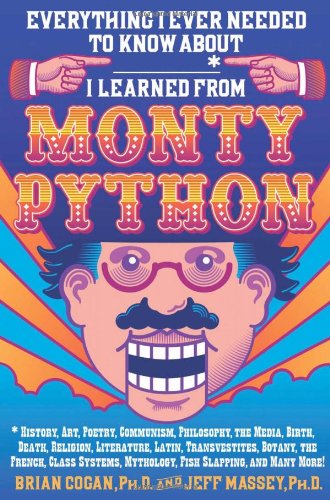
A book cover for Everything I Ever Needed to Know About _____* I Learned from Monty Python: *History, Art, Poetry, Communism, Philosophy, the Media, Birth, Death, ... Mythology, Fish Slapping, and Many More!; Brian Cogan; Humor & Entertainment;